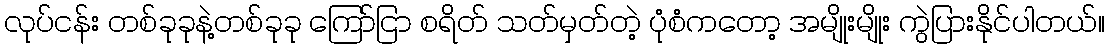
လုပ်ငန်း တစ်ခုခုနဲ့တစ်ခုခု ကြော်ငြာ စရိတ် သတ်မှတ်တဲ့ ပုံစံကတော့ အမျိုးမျိုး ကွဲပြားနိုင်ပါတယ်။